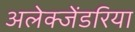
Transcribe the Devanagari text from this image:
अलेक्जेंडरिया